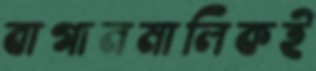
বাগানমালিকই